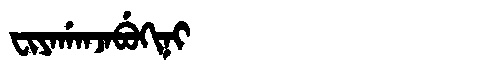
Manchu: ᠸᡳᠶᠠᡤᠠᠨᠵᠠᠪᡠᡴᡳᠨᡳ
Romanization: FIYAGANJABUKINI